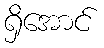
ရှိအောင်